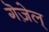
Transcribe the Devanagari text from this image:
गॆज़ेल्